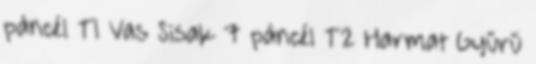
páncél T1 Vas Sisak 7 páncél T2 Harmat Gyűrű